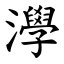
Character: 㶅